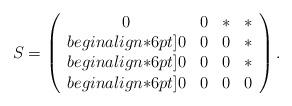
LaTeX: \begin{align*}S = \left(\begin{array}{cccc}0 & 0 & * & * \\begin{align*}6pt]0 & 0 & 0 & * \\begin{align*}6pt]0 & 0 & 0 & * \\begin{align*}6pt]0 & 0 & 0 & 0\end{array}\right).\end{align*}